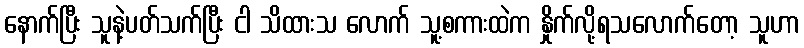
နောက်ပြီး သူနဲ့ပတ်သက်ပြီး ငါ သိထားသ လောက် သူ့စကားထဲက နှိုက်လို့ရသလောက်တော့ သူဟာ